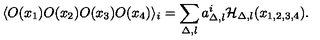
\langle O ( x _ { 1 } ) O ( x _ { 2 } ) O ( x _ { 3 } ) O ( x _ { 4 } ) \rangle _ { i } = \sum _ { \Delta , l } a _ { \Delta , l } ^ { i } { \cal H } _ { \Delta , l } ( x _ { 1 , 2 , 3 , 4 } ) .